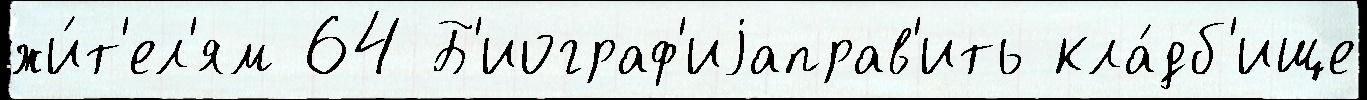
жи́т'ел'ям 64 Б'иограф'иjаправ'ить кла́дб'ище